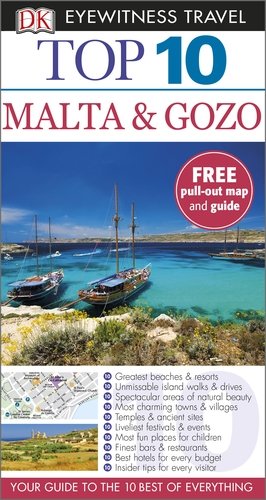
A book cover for Dk Eyewitness Top 10 Travel Guide: Malta & Gozo; Travel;